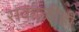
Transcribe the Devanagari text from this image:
सकाळीही